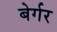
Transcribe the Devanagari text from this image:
बेर्गर